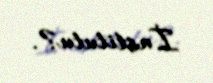
İnstitutu?.